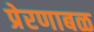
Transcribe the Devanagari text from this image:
प्रेरणाबळ